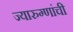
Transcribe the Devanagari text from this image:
ज्यारुग्णांची